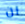
ان